Report on horse surra - Volume I
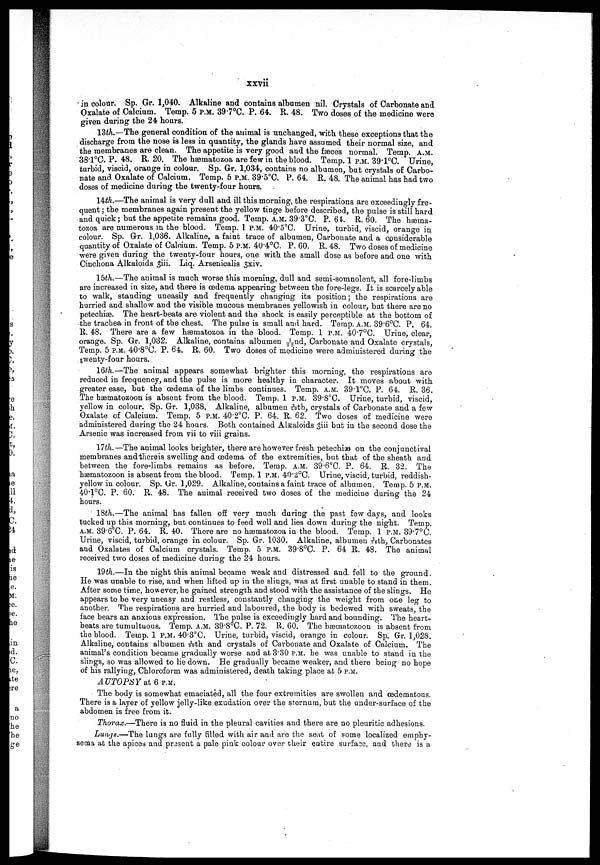
xxvii
in colour. Sp. Gr. 1,040. Alkaline and contains albumen nil. Crystals of Carbonate and
Oxalate of Calcium. Temp. 5 P.M. 39.°C. P. 64. R. 48. Two doses of the medicine were
given during the 24 hours.
13th The general condition of the animal is unchanged, with these exceptions that the
discharge from the nose is less in quantity, the glands have assumed their normal size, and
the membranes are clean. The appetite is very good and the fæces normal. Temp. A.M.
38.l°C. P. 48. R. 20. The hæmatozoa are few in the blood. Temp. 1 P.M. 39.1°C. Urine,
turbid, viscid, orange in colour. Sp. Gr, 1,034, contains no albumen, but crystals of Carbo-
nate and Oxalate of Calcium. Temp. 5 P.M. 39.5°C. P. 64. R. 48. The animal has had two
doses of medicine during the twenty-four hours.
14th.—The animal is very dull and ill this morning, the respirations are exceedingly fre-
quent ; the membranes again present the yellow tinge before described, the pulse is still hard
and quick ; but the appetite remains good. Temp. A.M. 39.3°C. P. 64. R. 60. The hæma-
tozoa are numerous in the blood. Temp. 1 P.M. 40.5°C. Urine, turbid, viscid, orange in
colour. Sp. Gr. 1,036. Alkaline, a faint trace of albumen, Carbonate and a considerable
quantity of Oxalate of Calcium. Temp. 5 P.M. 40.4°C. P. 60. R. 48. Two doses of medicine
were given during the twenty-four hours, one with the small dose as before and one with
Cinchona Alkaloids 3iii. Liq. Arsenicalis 3xiv.
15th.—The animal is much worse this morning, dull and semi-somnolent, all fore-limbs
are increased in size, and there is œdema appearing between the fore-legs. It is scarcely able
to walk, standing uneasily and frequently changing its position; the respirations are
hurried and shallow and the visible mucous membranes yellowish in colour, but there are no
petechiæ. The heart-beats are violent and the shock is easily perceptible at the bottom of
the trachea in front of the chest. The pulse is small and hard. Temp. A.M. 39.6°C. P. 64.
R. 48. There are a few hæmatozoa in the blood. Temp. 1 P.M. 40.7°C. Urine, clear,
orange. Sp. Gr. 1,032. Alkaline, contains albumen 1/22nd, Carbonate and Oxalate crystals,
Temp. 5 P.M. 40.8°C. P. 64. R. 60. Two doses of medicine were administered during the
twenty-four hours.
l6th.—The animal appears somewhat brighter this morning, the respirations are
reduced in frequency, and the pulse is more healthy in character. It moves about with
greater ease, but the œdema of the limbs continues. Temp. A.M. 39.l°C. P. 64. R. 36.
The hæmatozoon is absent from the blood. Temp. 1 P.M. 39.8°C. Urine, turbid, viscid,
yellow in colour. Sp. Gr. 1,038. Alkaline, albumen -1/26th, crystals of Carbonate and a few
Oxalate of Calcium. Temp. 5 P.M. 40.2°C. P. 64. R. 62. Two doses of medicine were
administered during the 24 hours. Both contained Alkaloids 3iii bub in the second dose the
Arsenic was increased from vii to viii grains.
17th.-The animal looks brighter, there are however fresh petechiæ on the conjunctival
membranes andiliereis swelling and oedema of the extremities, but that of the sheath and
between the fore-limbs remains as before. Temp. A.M. 39.6°C. P. 64. R. 32. The
hæmatozoon is absent from the blood. Temp. 1 P.M. 40.2°C. Urine, viscid, turbid, reddish-
yellow in colour. Sp. Gr. 1,029. Alkaline, contains a faint trace of albumen. Temp. 5 P.M.
40.1°C. P. 60. R. 48. The animal received two doses of the medicine during the 24
hours.
18th.—The animal has fallen off very much during the past few days, and looks
tucked up this morning, but continues to feed well and lies down during the night. Temp.
A.M. 39.6°C. P. 64. R. 40. There are no hæmatozoa in the blood. Temp. 1 P.M. 39.7°C.
Urine, viscid, turbid, orange in colour. Sp. Gr. 1030. Alkaline, albumen 1/28th, Carbonates
and Oxalates of Calcium crystals. Temp. 5 P.M. 39.8°C. P. 64 R. 48. The animal
received two doses of medicine during the 24 hours.
19th.—In the night this animal became weak and distressed and. fell to the ground.
He was unable to rise, and when lifted up in the slings, was at first unable to stand in them.
After some time, however, he gained strength and stood with the assistance of the slings. He
appears to be very uneasy and restless, constantly changing the weight from one leg to
another, The respirations are hurried and laboured, the body is bedewed with sweats, the
face bears an anxious expression. The pulse is exceedingly hard and bounding. The heart-
beats are tumultuous. Temp. A.M. 39.8°C. P. 72. R. 60. The hæmatozoon is absent from
the blood. Temp. 1 P.M. 40.3°C. Urine, turbid, viscid, orange in colour. Sp, Gr. 1,028.
Alkaline, contains albumen 1/20th and crystals of Carbonate and Oxalate of Calcium. The
animal's condition became gradually worse and at 3.30 P.M. he was unable to stand in the
slings, so was allowed to lie down. He gradually became weaker, and there being no hope
of his rallying, Chloroform was administered, death taking place at 5 P.M.
AUTOPSY at 6 P.M.
The body is somewhat emaciated, all the four extremities are swollen and œdematous.
There is a layer of yellow jelly-like exudation over the sternum, but the under-surface of the
abdomen is free from it.
Thorax.—There is no fluid in the pleural cavities and there are no pleuritic adhesions.
Lungs.—The lungs are fully filled with air and are the seat of some localized emphy-
sema at the apices and present a pale pink colour over their entire surface, and there is a